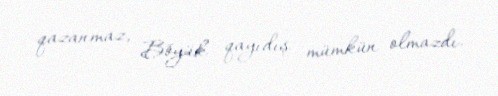
qazanmaz, Böyük qayıdış mümkün olmazdı.